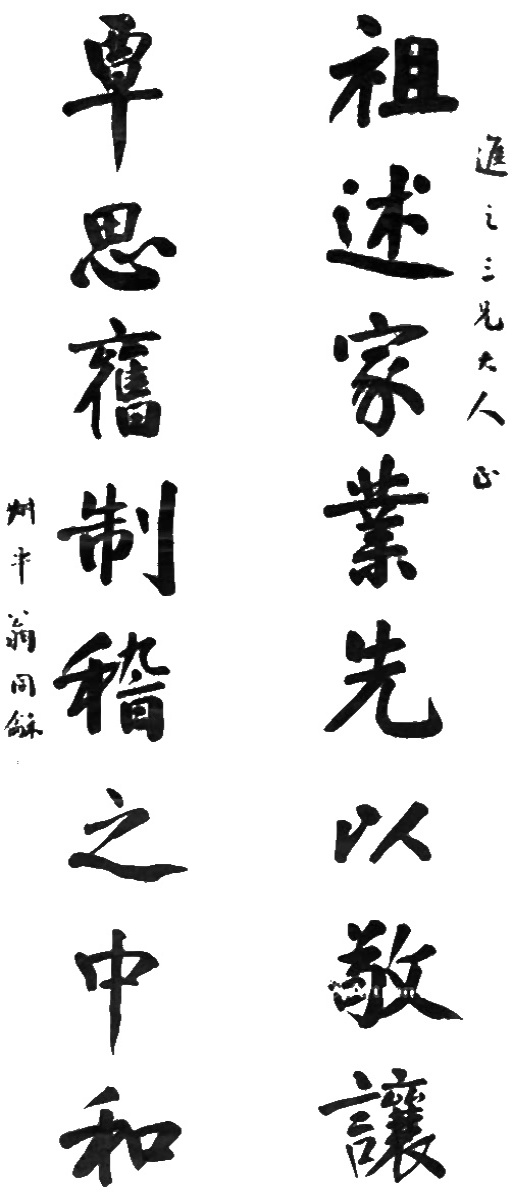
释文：祖述家业先以敬让，覃思旧制稽之中和。进之三兄大人正，叔平翁同龢。